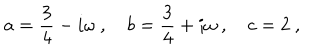
LaTeX: a = { \frac { 3 } { 4 } } - i \omega \ , \quad b = { \frac { 3 } { 4 } } + i \omega \ , \quad c = 2 \ ,